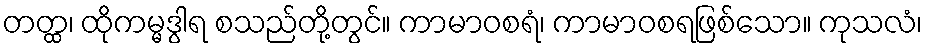
တတ္ထ၊ ထိုကမ္မဒွါရ စသည်တို့တွင်။ ကာမာဝစရံ၊ ကာမာဝစရဖြစ်သော။ ကုသလံ၊